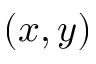
( x , y )